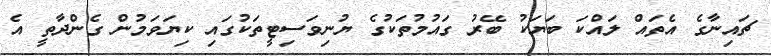
ޗައިނާގެ އެތައް ލައްކަ ބަޔަކު ބޭރު ގައުމުތަކުގެ ޔުނިވަސިޓީތަކުގައި ކިޔަވަމުން ގެންދާތީ އެ